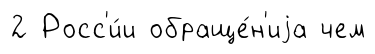
2 Росс'и́и обраще́н'иjа чем